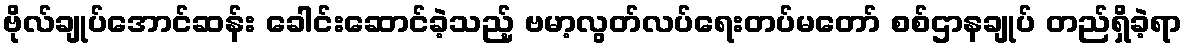
ဗိုလ်ချုပ်အောင်ဆန်း ခေါင်းဆောင်ခဲ့သည့် ဗမာ့လွတ်လပ်ရေးတပ်မတော် စစ်ဌာနချုပ် တည်ရှိခဲ့ရာ